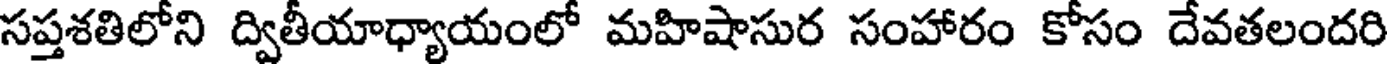
సప్తశతిలోని ద్వితీయాధ్యాయంలో మహిషాసుర సంహారం కోసం దేవతలందరి